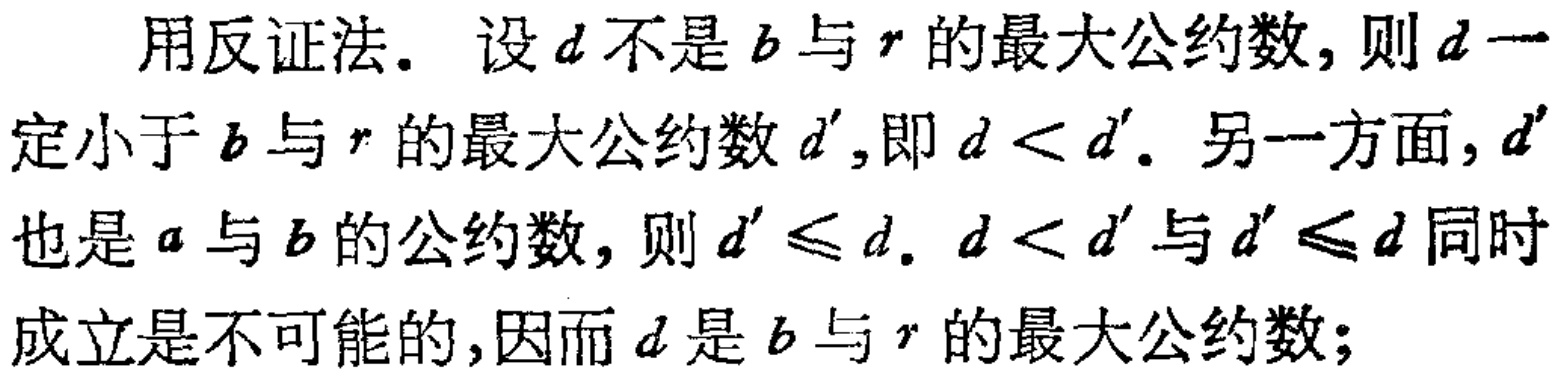
用反证法. 设\(d\)不是\(b\)与\(r\)的最大公约数, 则\(d\)一

定小于\(b\)与\(r\)的最大公约数\(d'\),即\(d < d'\). 另一方面, \(d'\)

也是\(a\)与\(b\)的公约数, 则\(d' \leq d\). \(d < d'\)与\(d' \leq d\)同时

成立是不可能的,因而\(d\)是\(b\)与\(r\)的最大公约数;